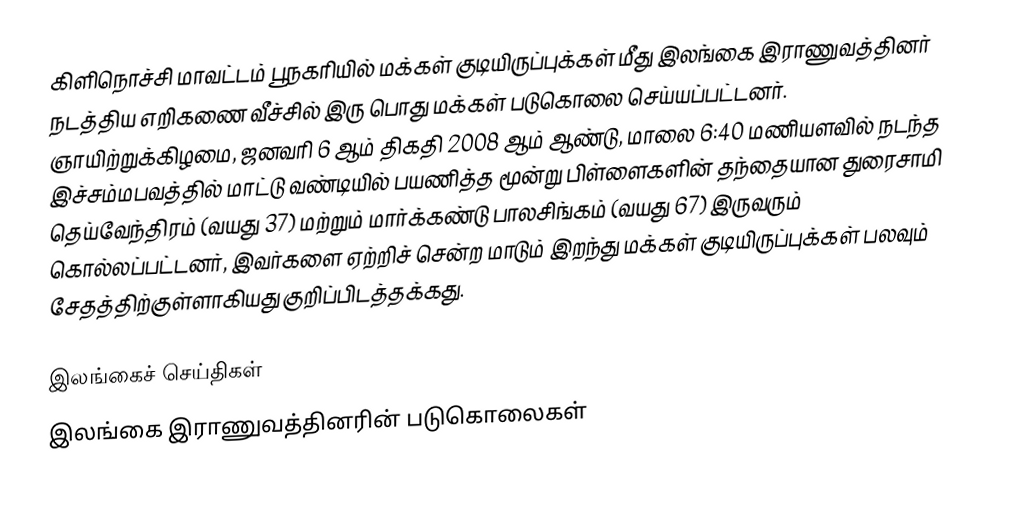
கிளிநொச்சி மாவட்டம் பூநகரியில் மக்கள் குடியிருப்புக்கள் மீது இலங்கை இராணுவத்தினர் நடத்திய எறிகணை வீச்சில் இரு பொது மக்கள் படுகொலை செய்யப்பட்டனர். ஞாயிற்றுக்கிழமை, ஜனவரி 6 ஆம் திகதி 2008 ஆம் ஆண்டு, மாலை 6:40 மணியளவில் நடந்த இச்சம்மபவத்தில் மாட்டு வண்டியில் பயணித்த மூன்று பிள்ளைகளின் தந்தையான துரைசாமி தெய்வேந்திரம் (வயது 37) மற்றும் மார்க்கண்டு பாலசிங்கம் (வயது 67) இருவரும் கொல்லப்பட்டனர், இவர்களை ஏற்றிச் சென்ற மாடும் இறந்து மக்கள் குடியிருப்புக்கள் பலவும் சேதத்திற்குள்ளாகியது குறிப்பிடத்தக்கது.

இலங்கைச் செய்திகள்
இலங்கை இராணுவத்தினரின் படுகொலைகள்